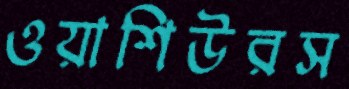
ওয়াশিউরস